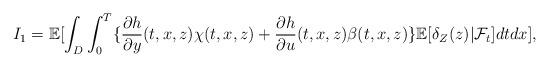
LaTeX: \begin{align*} I_1=\mathbb{E}[\int_D\int_0^T\{\frac{\partial h}{\partial y}(t,x,z)\chi(t,x,z)+\frac{\partial h}{\partial u}(t,x,z)\beta(t,x,z)\}\mathbb{E}[\delta_Z(z)|\mathcal{F}_t]dtdx],\end{align*}